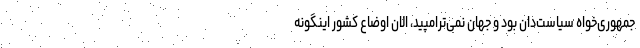
جمهوری‌خواه سیاست‌دان بود و جهان نمی‌ترامپید، الان اوضاع کشور اینگونه